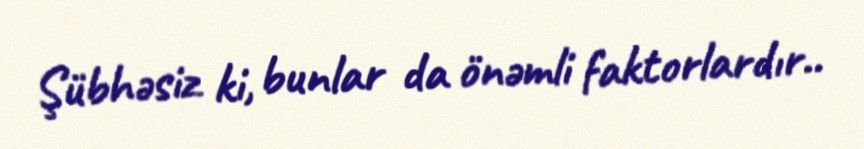
Şübhəsiz ki, bunlar da önəmli faktorlardır..